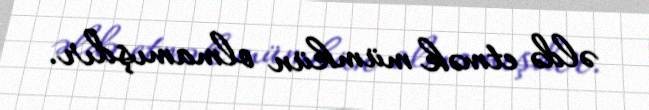
əldə etmək mümkün olmamışdır.